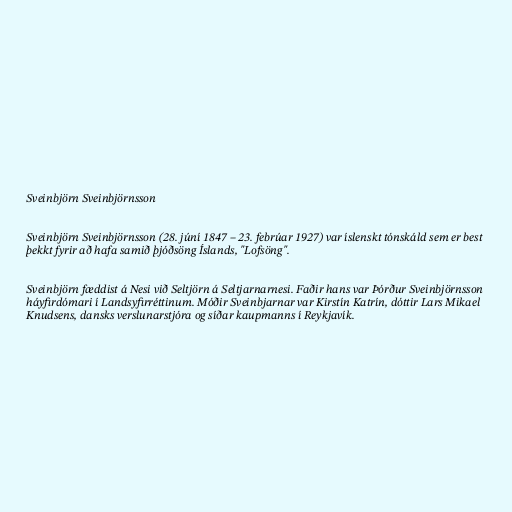
Sveinbjörn Sveinbjörnsson

Sveinbjörn Sveinbjörnsson (28. júní 1847 – 23. febrúar 1927) var íslenskt tónskáld sem er best
þekkt fyrir að hafa samið þjóðsöng Íslands, "Lofsöng".

Sveinbjörn fæddist á Nesi við Seltjörn á Seltjarnarnesi. Faðir hans var Þórður Sveinbjörnsson
háyfirdómari í Landsyfirréttinum. Móðir Sveinbjarnar var Kirstín Katrín, dóttir Lars Mikael
Knudsens, dansks verslunarstjóra og síðar kaupmanns í Reykjavík.